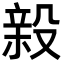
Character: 𭮸